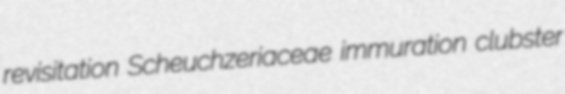
revisitation Scheuchzeriaceae immuration clubster